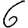
Digit: 6